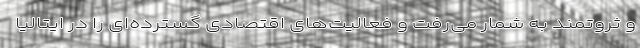
و ثروتمند به شمار می‌رفت و فعالیت‌های اقتصادی گسترده‌ای را در ایتالیا